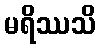
မရိဿသိ